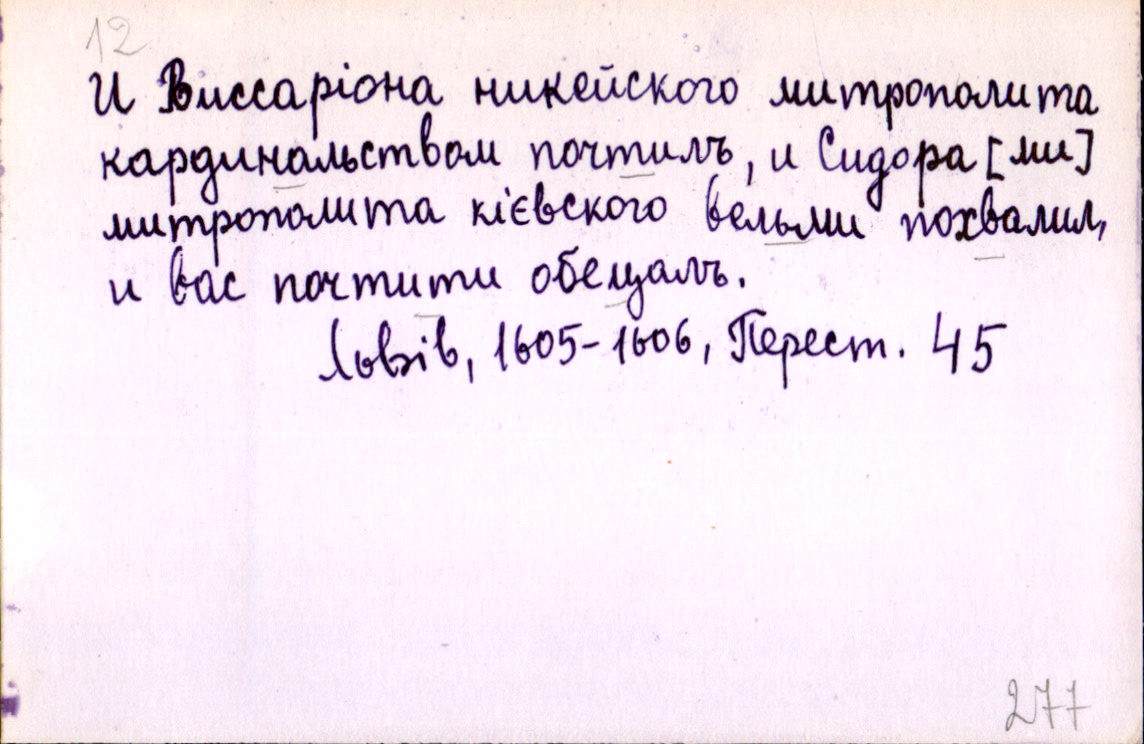
И Виссаріона никейского митрополита
кардинальством почтилъ, и Сидора [ми]
митрополита кієвского вельми похвалил,
и вас почтити обецалъ.
Львів, 1605-1606, Перест. 45